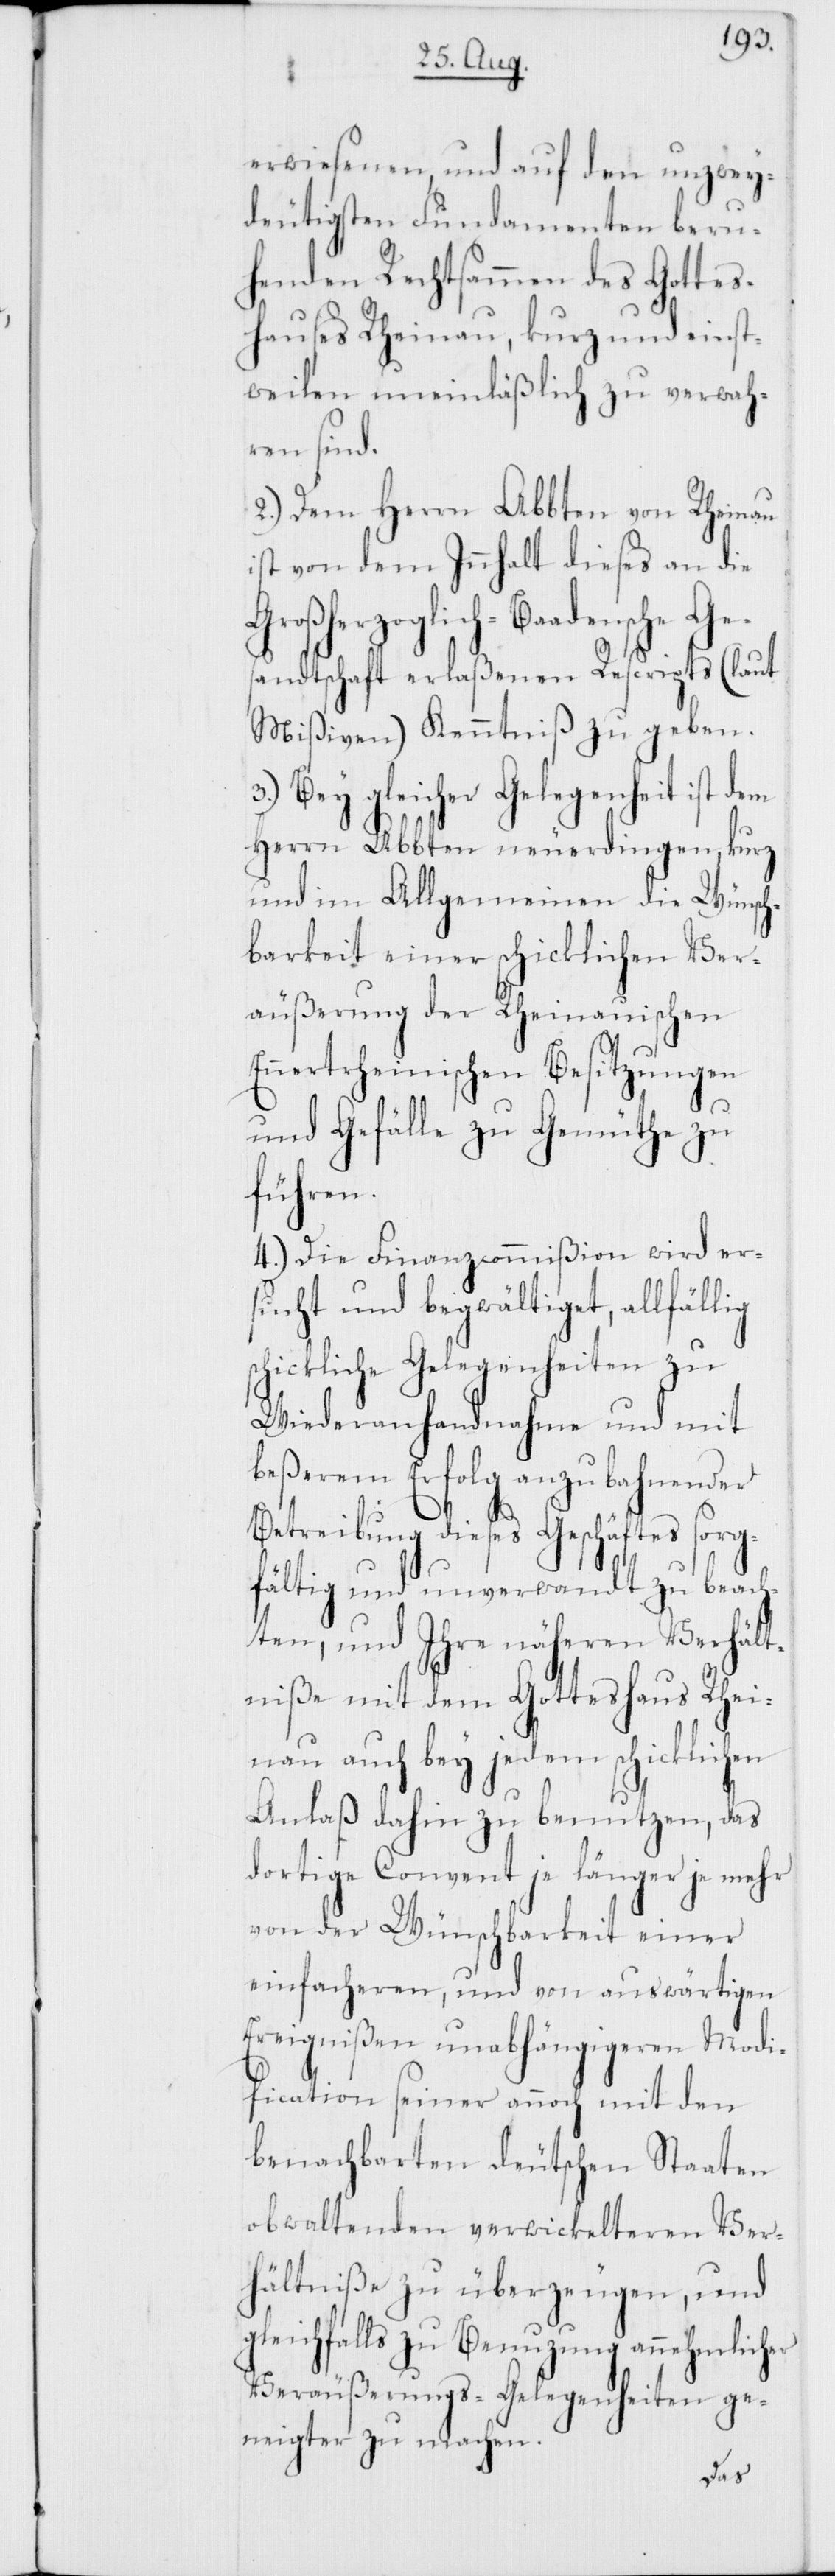
erwiesenen, und auf den unzwey¬
deutigsten Fundamenten beru¬
henden Rechtsamen des Gottes¬
hauses Rheinau, kurz und einst¬
weilen uneinläßlich zu verwah¬
ren sind.
2.) Dem Herrn Abbten von Rheinau
ist von dem Innhalt dieses an die
Großherzoglich-Baadensche Ge¬
sandtschaft erlaßenen Rescripts (laut
Mißiven) Kenntniß zu geben.
3.) Bey gleicher Gelegenheit ist dem
Herrn Abbten neuerdingen, kurz
und im Allgemeinen die Wünsch¬
barkeit einer schicklichen Ver¬
äußerung der Rheinauischen
Ennertrheinischen Besitzungen
und Gefälle zu Gemüthe zu
führen.
4.) Die Finanzcommißion wird er¬
sucht und begwältiget, allfällig
schickliche Gelegenheiten zu
Wiederanhandnahme und mit
beßerem Erfolg anzu bahnender
Betreibung dieses Geschäftes sor¬
fältig und unverwandt zu beach¬
ten, und Ihre näheren Verhält¬
niße mit dem Gotteshaus Rhei¬
nau auch bey jedem schicklichen
Anlaß dahin zu benutzen, das
dortige Convent je länger je mehr
von der Wünschbarkeit einer
einfacheren, und von auswärtigen
Ereignißen unabhängigeren Modi¬
fication seiner annoch mit den
benachbarten deutschen Staaten
obwaltenden verwickelteren Ver¬
hältniße zu überzeugen, und
gleichfalls zu Benutzung annehmlicher
Veräußerungs-Gelegenheiten ge¬
neigter zu machen.